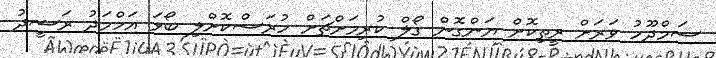
ސަމްދޫހު ވަރަށް ރީތިކޮށް ޔަންގޮން ގޯލް ކުރިމަށްޗަށް ހުރަސްކޮށްލި ބޯޅަ އަހްމަދު ރަޝީދު